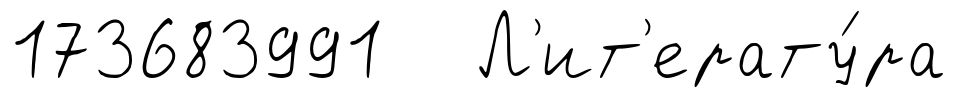
173683991 Л'ит'ерату́ра